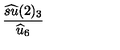
\frac { \widehat { s u } ( 2 ) _ { 3 } } { \widehat { u } _ { 6 } }